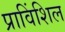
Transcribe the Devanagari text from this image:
प्राविंशिल